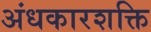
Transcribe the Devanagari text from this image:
अंधकारशक्ति